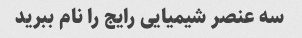
سه عنصر شیمیایی رایج را نام ببرید